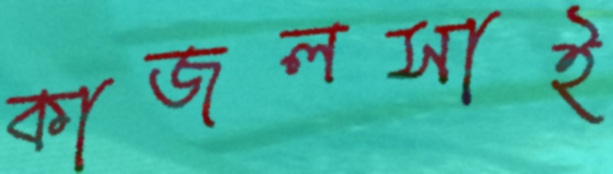
কাজলসাই